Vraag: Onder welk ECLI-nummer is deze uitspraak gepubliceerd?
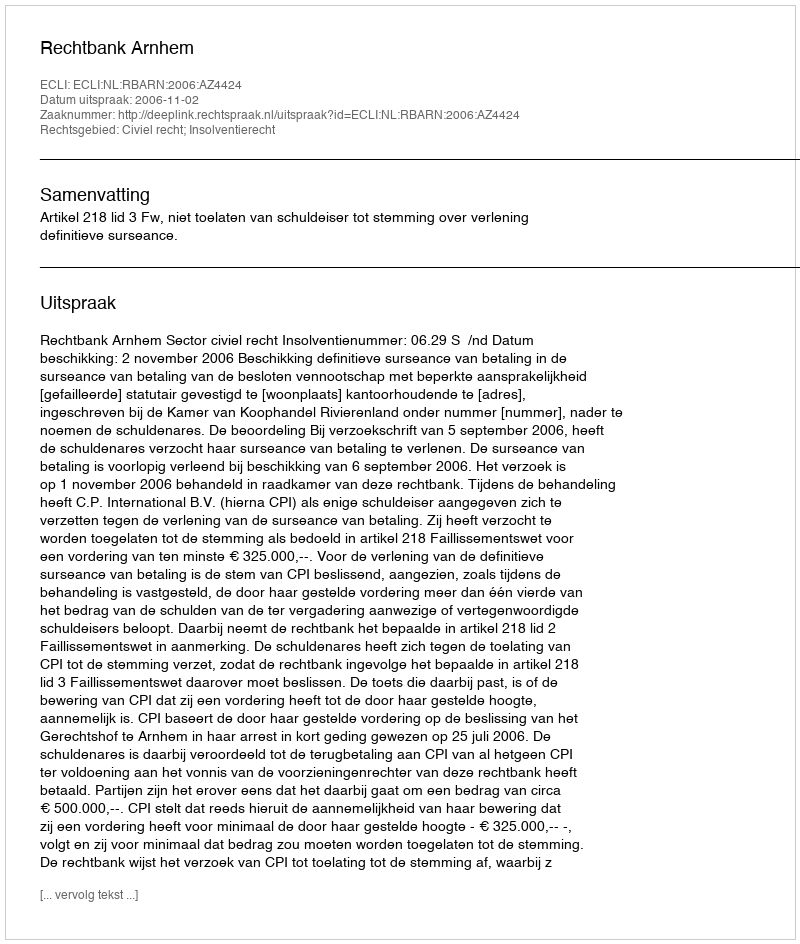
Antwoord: ECLI:NL:RBARN:2006:AZ4424